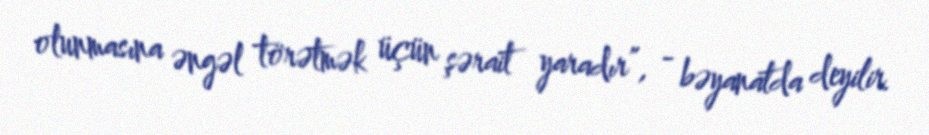
olunmasına əngəl törətmək üçün şərait yaradır”, - bəyanatda deyilir.